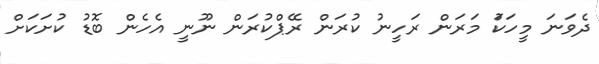
ދެވަނަ މީހަކަު މަރަން ރަހީނު ކުރަން ރޭޕްކުރަން ނޫނީ އެހެން ބޮޑު ކުށަކަށް